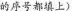
的序号都填上 ）